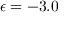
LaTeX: \epsilon = - 3 . 0